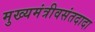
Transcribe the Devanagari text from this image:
मुख्यमंत्रीवसंतदादा